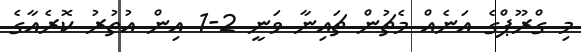
މި ގްރޫޕްގެ އަނެއް މެޗުން ޗައިނާ ވަނީ 2-1 އިން އުތުރު ކޮރެއާގެ